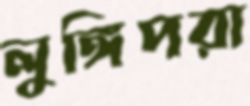
লুঙ্গিপরা